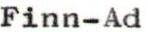
Finn-Ad